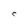
Character: C